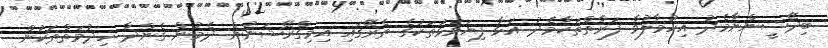
ބިދޭސީންނާމެދު އިހުމާލުވާ ފަރާތްތަކާމެދު އަޅާ ފިޔަވަޅުތަކުގެ ތެރޭގައި އިމިގްރޭޝަނުން ދެމުން ގެންދާ ހިދުމަތްތަކުން